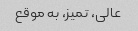
عالی، تمیز، به موقع